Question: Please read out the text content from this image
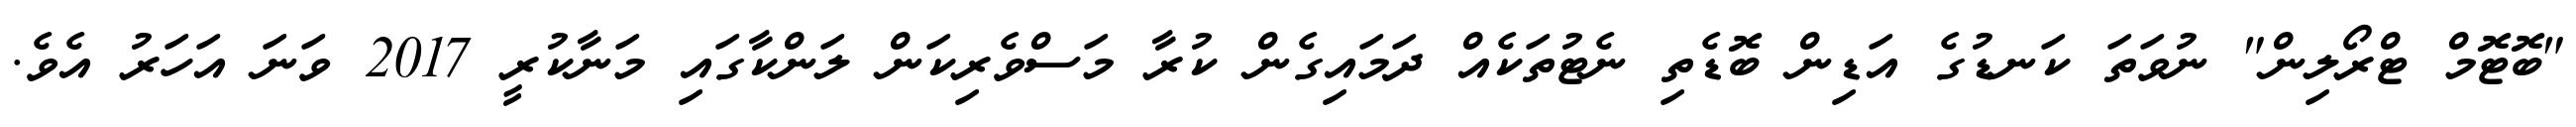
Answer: "ބޮޓޮމް ޓްރޯލިން" ނުވަތަ ކަނޑުގެ އަޑިން ބޮޑެތި ނެޓުތަކެއް ދަމައިގެން ކުރާ މަސްވެރިކަން ލަންކާގައި މަނާކުރީ 2017 ވަނަ އަހަރު އެވެ.